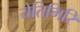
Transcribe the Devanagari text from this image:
येतिगिरि